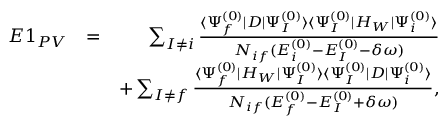
\begin{array} { r l r } { E 1 _ { P V } } & { = } & { \sum _ { I \ne i } \frac { \langle \Psi _ { f } ^ { ( 0 ) } | D | \Psi _ { I } ^ { ( 0 ) } \rangle \langle \Psi _ { I } ^ { ( 0 ) } | H _ { W } | \Psi _ { i } ^ { ( 0 ) } \rangle } { { \cal N } _ { i f } ( E _ { i } ^ { ( 0 ) } - E _ { I } ^ { ( 0 ) } - \delta \omega ) } } \\ & { } & { + \sum _ { I \ne f } \frac { \langle \Psi _ { f } ^ { ( 0 ) } | H _ { W } | \Psi _ { I } ^ { ( 0 ) } \rangle \langle \Psi _ { I } ^ { ( 0 ) } | D | \Psi _ { i } ^ { ( 0 ) } \rangle } { { \cal N } _ { i f } ( E _ { f } ^ { ( 0 ) } - E _ { I } ^ { ( 0 ) } + \delta \omega ) } , } \end{array}